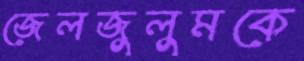
জেলজুলুমকে